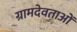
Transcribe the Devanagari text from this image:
ग्रामदेवताओं